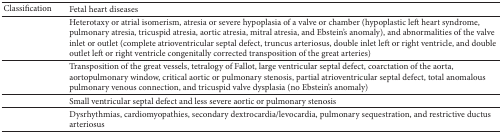
<table><thead><tr><td><b>Classification</b></td><td><b>Fetal heart diseases</b></td></tr></thead><tbody><tr><td>[EMPTY_CELL]</td><td>Heterotaxy or atrial isomerism, atresia or severe hypoplasia of a valve or chamber (hypoplastic left heart syndrome, pulmonary atresia, tricuspid atresia, aortic atresia, mitral atresia, and Ebstein's anomaly), and abnormalities of the valve inlet or outlet (complete atrioventricular septal defect, truncus arteriosus, double inlet left or right ventricle, and double outlet left or right ventricle congenitally corrected transposition of the great arteries)</td></tr><tr><td>[EMPTY_CELL]</td><td>Transposition of the great vessels, tetralogy of Fallot, large ventricular septal defect, coarctation of the aorta, aortopulmonary window, critical aortic or pulmonary stenosis, partial atrioventricular septal defect, total anomalous pulmonary venous connection, and tricuspid valve dysplasia (no Ebstein's anomaly)</td></tr><tr><td>[EMPTY_CELL]</td><td>Small ventricular septal defect and less severe aortic or pulmonary stenosis</td></tr><tr><td>[EMPTY_CELL]</td><td>Dysrhythmias, cardiomyopathies, secondary dextrocardia/levocardia, pulmonary sequestration, and restrictive ductus arteriosus</td></tr></tbody></table>